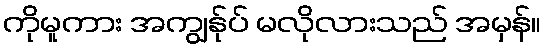
ကိုမူကား အကျွန်ုပ် မလိုလားသည် အမှန်။